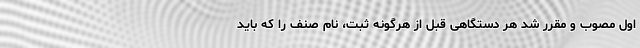
اول مصوب و مقرر شد هر دستگاهی قبل از هرگونه ثبت، نام صنف را که باید